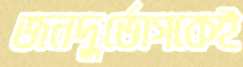
জনদুর্ভোগকেই